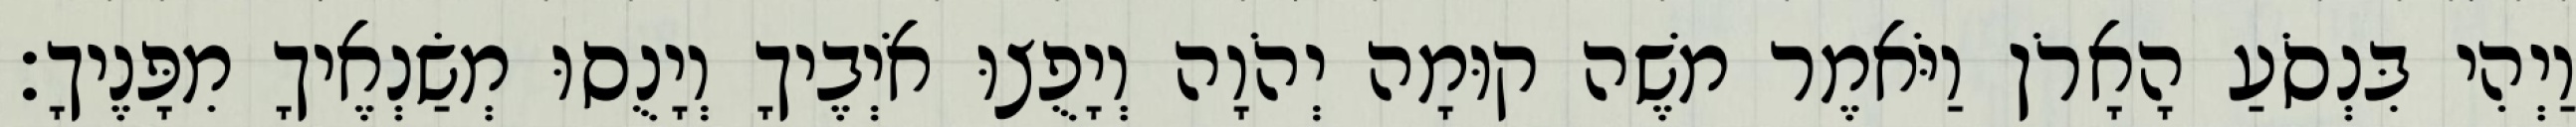
וַיְהִי בִּנְסֹעַ הָאָרֹן וַיֹּאמֶר משֶׁה קוּמָה יְהֹוָה וְיָפֻצוּ אֹיְבֶיךָ וְיָנֻסוּ מְשַׂנְאֶיךָ מִפָּנֶיךָ׃